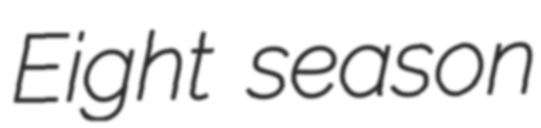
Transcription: Eight season